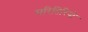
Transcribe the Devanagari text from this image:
मरितिरियो